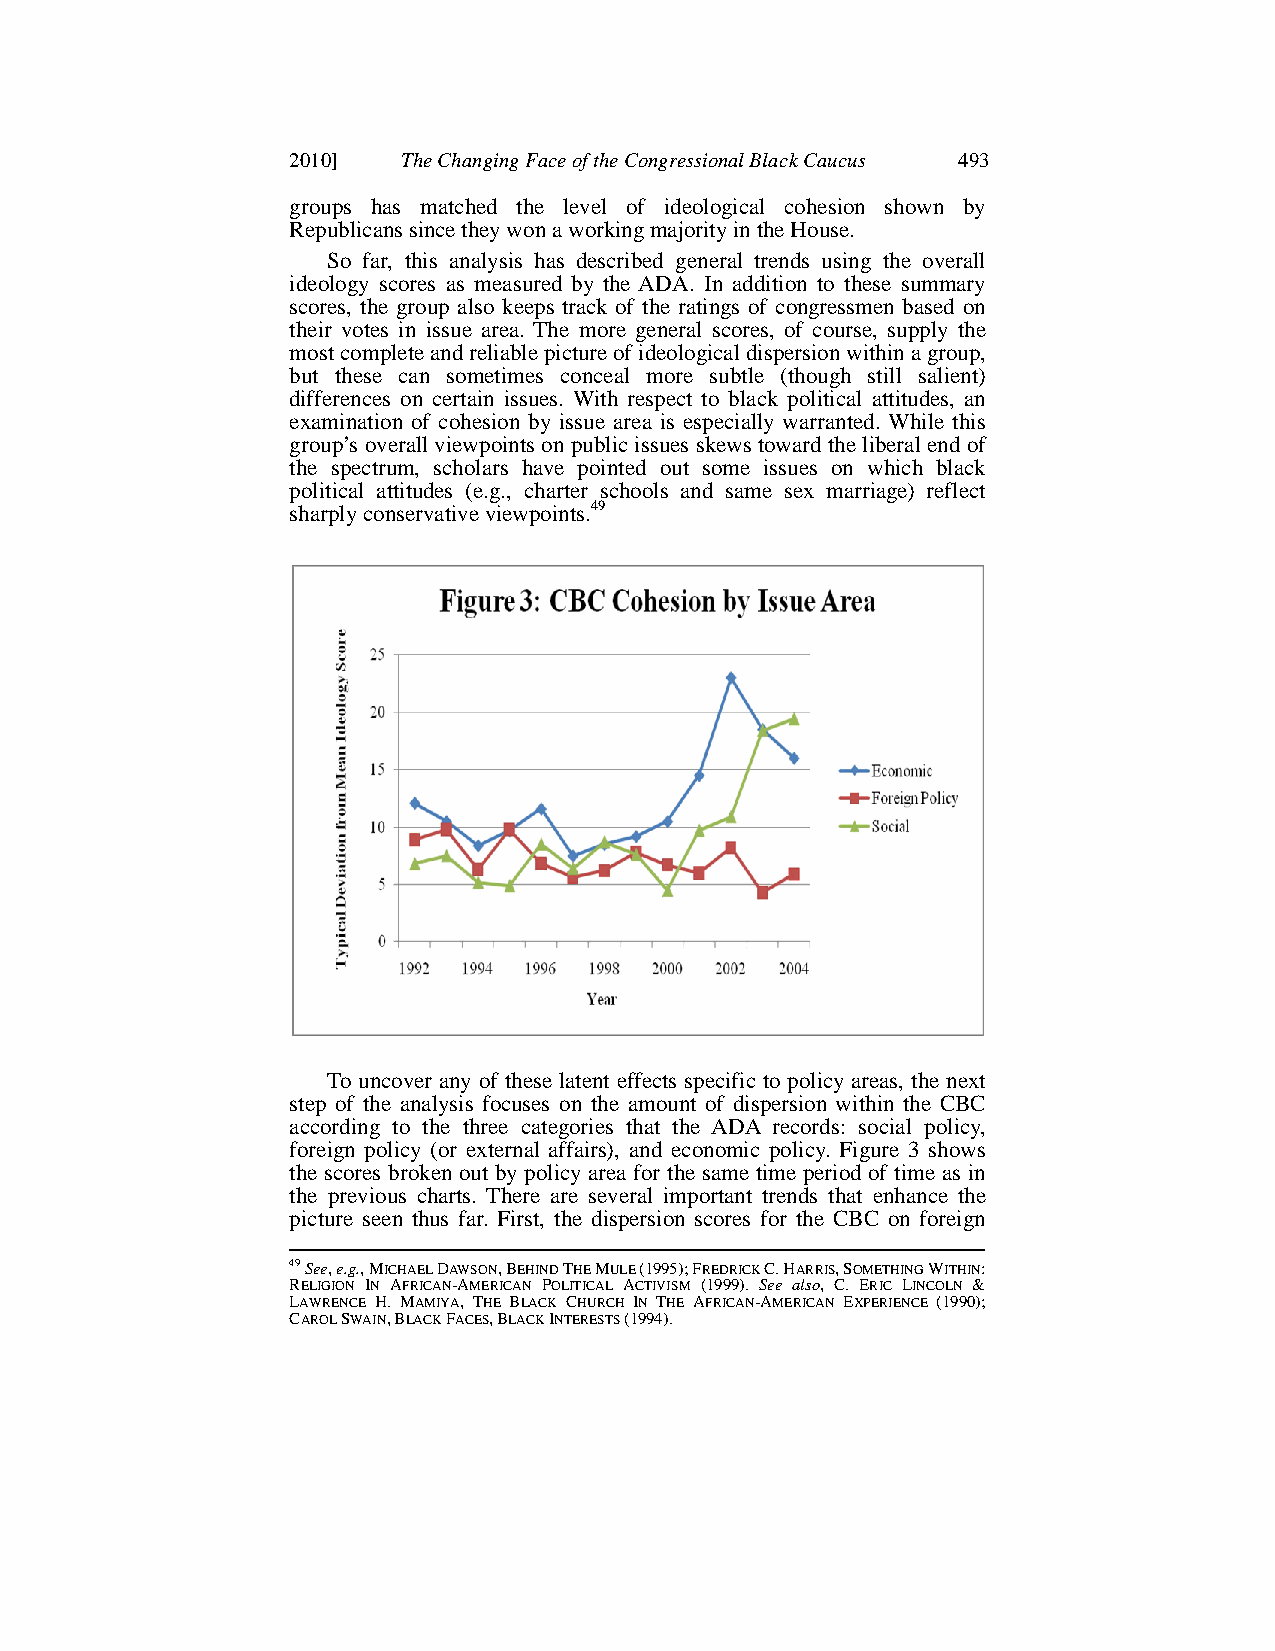
2010]   The Changing Face of the Congressional Black Caucus 493
 groups has matched the level of ideological cohesion shown by
 Republicans since they won a working majority in the House.
 So far, this analysis has described general trends using the overall
 ideology scores as measured by the ADA. In addition to these summary
 scores, the group also keeps track of the ratings of congressmen based on
 their votes in issue area. The more general scores, of course, supply the
 most complete and reliable picture of ideological dispersion within a group,
 but these can sometimes conceal more subtle (though still salient)
 differences on certain issues. With respect to black political attitudes, an
 examination of cohesion by issue area is especially warranted. While this
 group’s overall viewpoints on public issues skews toward the liberal end of
 the spectrum, scholars have pointed out some issues on which black
 political attitudes (e.g., charter schools and same sex marriage) reflect
 sharply conservative viewpoints.49
 To uncover any of these latent effects specific to policy areas, the next
 step of the analysis focuses on the amount of dispersion within the CBC
 according to the three categories that the ADA records: social policy,
 foreign policy (or external affairs), and economic policy. Figure 3 shows
 the scores broken out by policy area for the same time period of time as in
 the previous charts. There are several important trends that enhance the
 picture seen thus far. First, the dispersion scores for the CBC on foreign
 49See, e.g., MICHAEL DAWSON,BEHIND THE MULE (1995);FREDRICK C.HARRIS,SOMETHING WITHIN:
 RELIGION IN AFRICAN-AMERICAN POLITICAL ACTIVISM (1999). See also, C. ERIC LINCOLN &
 LAWRENCE H. MAMIYA, THE BLACK CHURCH IN THE AFRICAN-AMERICAN EXPERIENCE (1990);
 CAROL SWAIN,BLACK FACES,BLACK INTERESTS (1994).